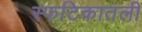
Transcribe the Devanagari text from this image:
स्फटिकातली